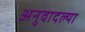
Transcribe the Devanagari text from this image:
अनुवादल्या